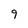
Character: 9